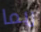
ربما